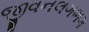
જીવનલગભગ